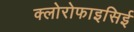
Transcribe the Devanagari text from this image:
क्लोरोफाइसिई